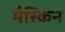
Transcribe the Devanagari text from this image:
मैस्किन